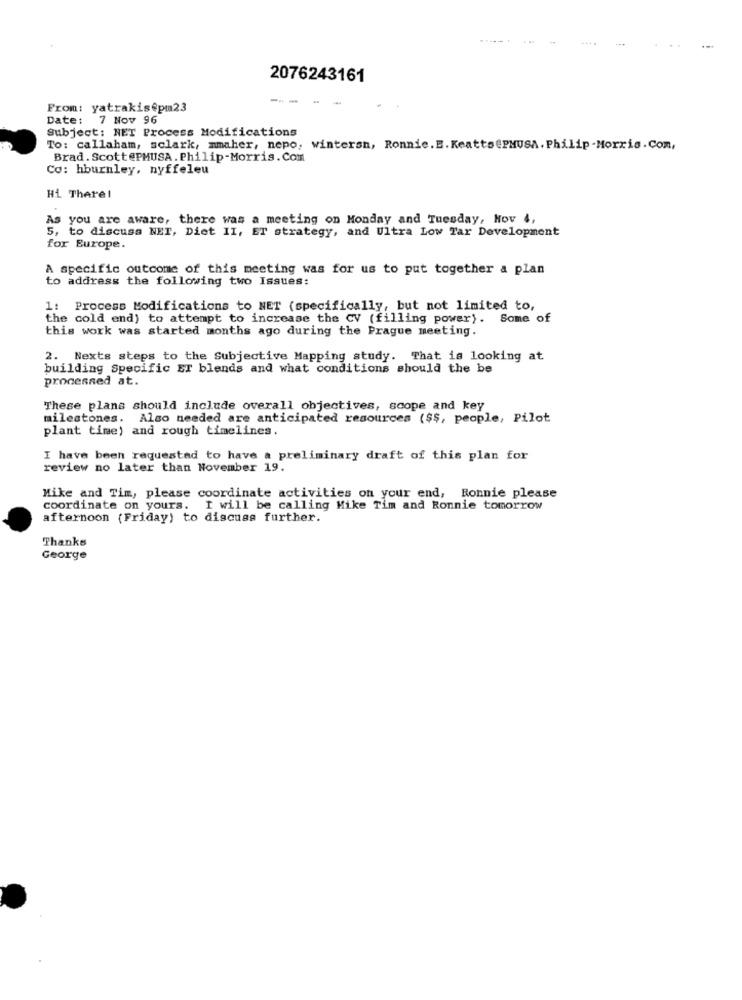
2076243161
--
From: yatrakis@pm23
Date: 7 Nov 96
Subject: NET Process Modifications
To: callaham, sclark, mmaher, nepo, wintersn, Ronnie. E. KeattsePMUSA. Philip-Morris. Com,
Brad. Scott@pMUSA. Philip-Morris . Com
Co: hburnley, nyffeleu
Hi There!
As you are aware, there was a meeting on Monday and Tuesday, Hov 4,
5, to discuss NET, Diet II, ET strategy, and Ultra Low Tar Development
for Europe.
A specific outcome of this meeting was for us to put together a plan
to address the following two Issues:
1: Process Modifications to NET (specifically, but not limited to,
the cold end) to attempt to increase the CV (filling power). Some of
this work was started months ago during the Prague meeting.
2. Nexts steps to the Subjective Mapping study. That is looking at
building Specific ET blends and what conditions should the be
processed at.
These plans should include overall objectives, scope and key
milestones. Also needed are anticipated resources ($$, people, Pilot
plant time) and rough timelines.
I have been requested to have a preliminary draft of this plan for
review no later than November 19.
Mike and Tim, please coordinate activities on your end, Ronnie please
coordinate on yours. I will be calling Mike Tim and Ronnie tomorrow
afternoon (Friday) to discuss further.
Thanks
George